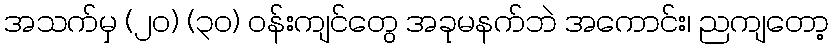
အသက်မှ (၂၀) (၃၀) ဝန်းကျင်တွေ အခုမနက်ဘဲ အကောင်း၊ ညကျတော့